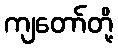
ကျတော်တို့